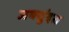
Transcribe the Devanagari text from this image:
जयसुंदरा